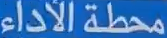
محطة الآداء